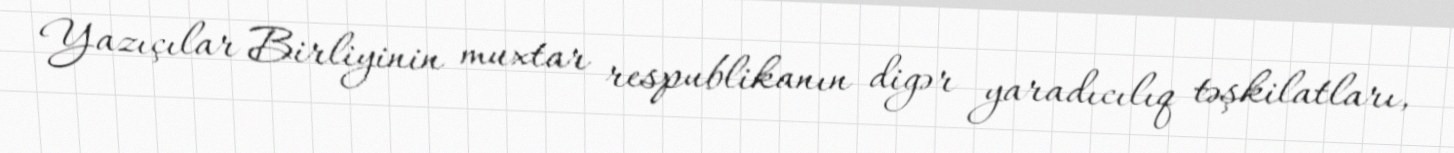
Yazıçılar Birliyinin muxtar respublikanın digər yaradıcılıq təşkilatları,